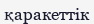
қаракеттік